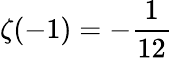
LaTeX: \zeta(-1)=-{\frac{1}{12}}